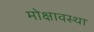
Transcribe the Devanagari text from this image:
मोक्षावस्था